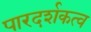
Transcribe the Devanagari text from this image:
पारदर्शकत्व